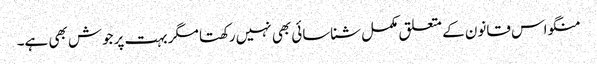
منگو اس قانون کے متعلق مکمل شناسائی بھی نہیں رکھتا مگر بہت پرجوش بھی ہے۔